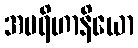
အပရိဟာနိယော